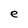
Character: e